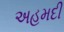
અહમદી